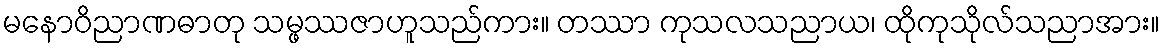
မနောဝိညာဏဓာတု သမ္ဖဿဇာဟူသည်ကား။ တဿာ ကုသလသညာယ၊ ထိုကုသိုလ်သညာအား။